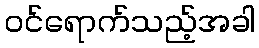
ဝင်ရောက်သည့်အခါ